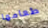
طعامها